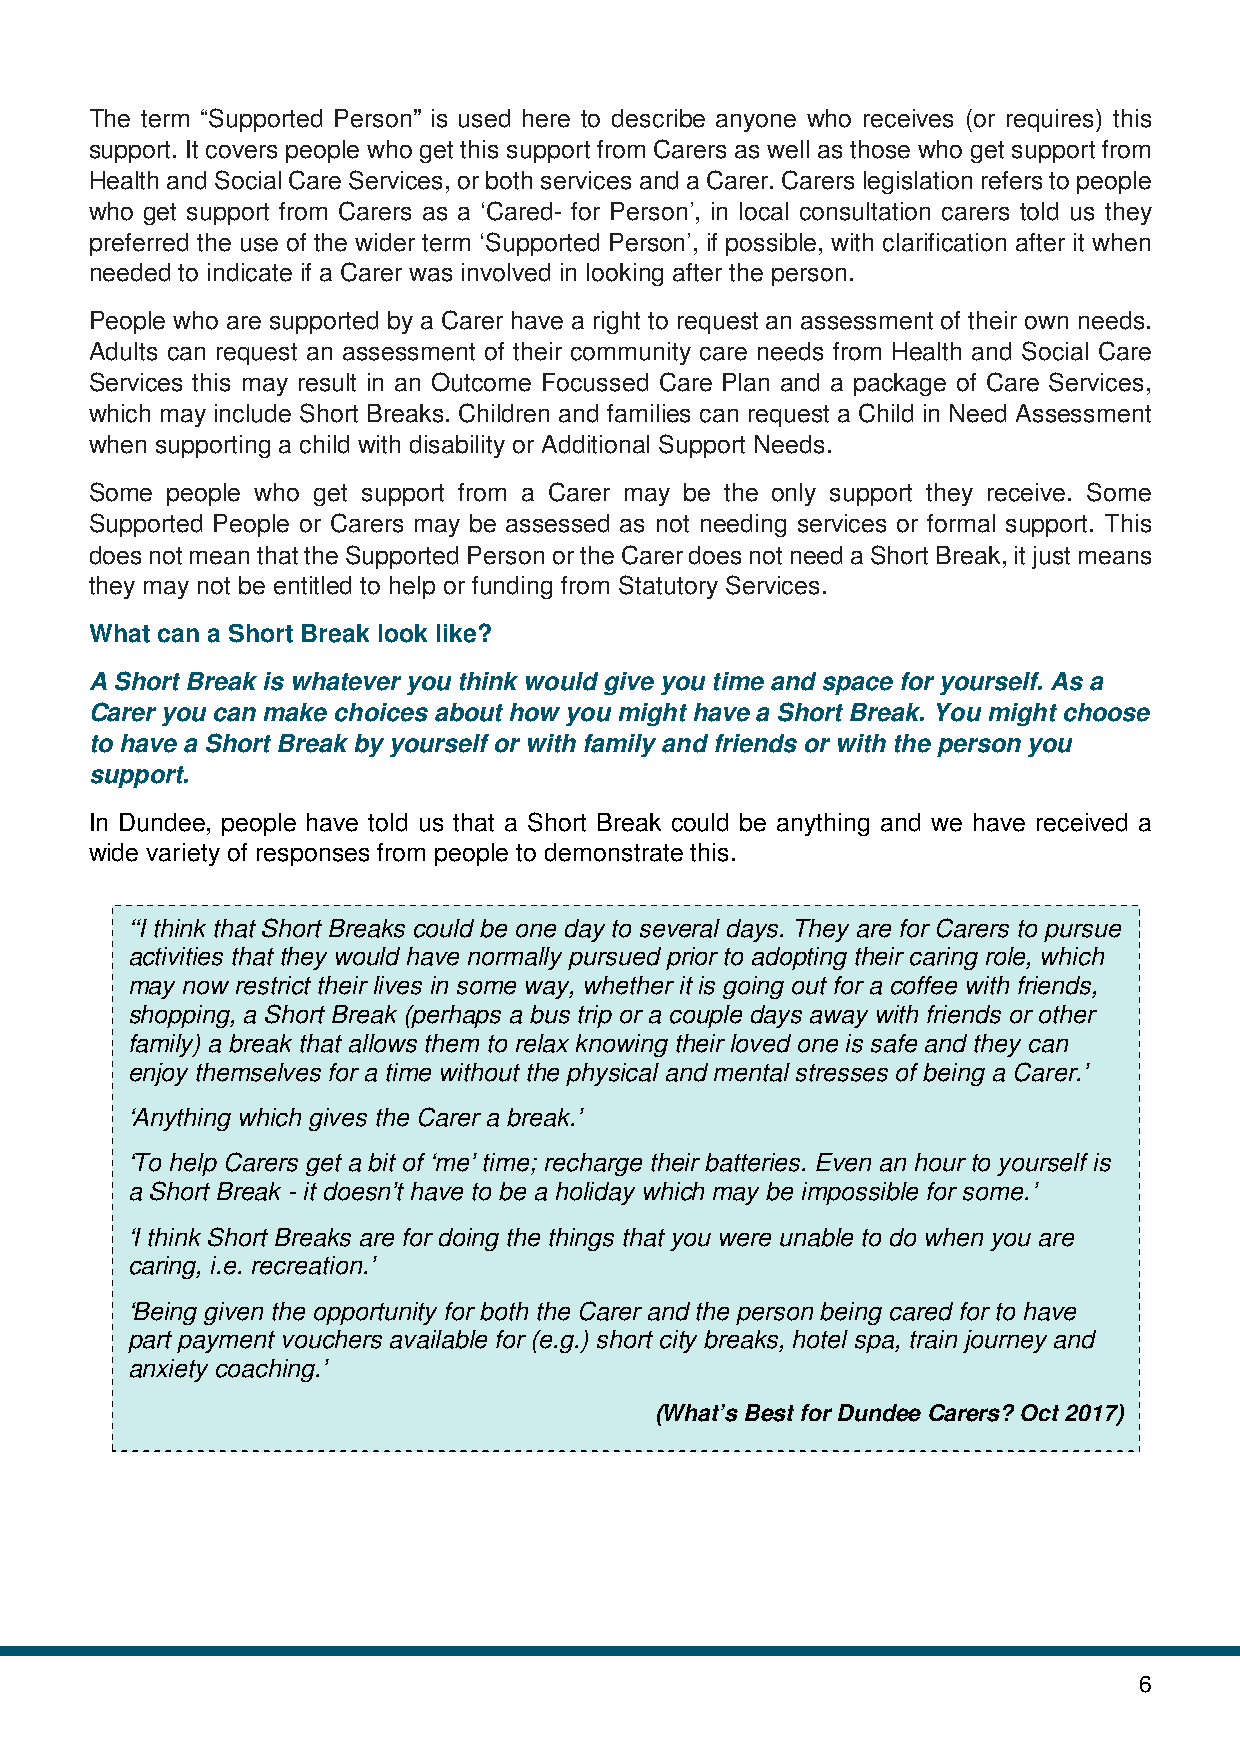
The term “Supported Person” is used here to describe anyone who receives (or requires) this
 support. It covers people who get this support from Carers as well as those who get support from
 Health and Social Care Services, or both services and a Carer. Carers legislation refers to people
 who get support from Carers as a ‘Cared- for Person’, in local consultation carers told us they
 preferred the use of the wider term ‘Supported Person’, if possible, with clarification after it when
 needed to indicate if a Carer was involved in looking after the person.
 People who are supported by a Carer have a right to request an assessment of their own needs.
 Adults can request an assessment of their community care needs from Health and Social Care
 Services this may result in an Outcome Focussed Care Plan and a package of Care Services,
 which may include Short Breaks. Children and families can request a Child in Need Assessment
 when supporting a child with disability or Additional Support Needs.
 Some people who get support from a Carer may be the only support they receive. Some
 Supported People or Carers may be assessed as not needing services or formal support. This
 does not mean that the Supported Person or the Carer does not need a Short Break, it just means
 they may not be entitled to help or funding from Statutory Services.
 What can a Short Break look like?
 A Short Break is whatever you think would give you time and space for yourself. As a
 Carer you can make choices about how you might have a Short Break. You might choose
 to have a Short Break by yourself or with family and friends or with the person you
 support.
 In Dundee, people have told us that a Short Break could be anything and we have received a
 wide variety of responses from people to demonstrate this.
 ‘‘I think that Short Breaks could be one day to several days. They are for Carers to pursue
 activities that they would have normally pursued prior to adopting their caring role, which
 may now restrict their lives in some way, whether it is going out for a coffee with friends,
 shopping, a Short Break (perhaps a bus trip or a couple days away with friends or other
 family) a break that allows them to relax knowing their loved one is safe and they can
 enjoy themselves for a time without the physical and mental stresses of being a Carer.’
 ‘Anything which gives the Carer a break.’
 ‘To help Carers get a bit of ‘me’ time; recharge their batteries. Even an hour to yourself is
 a Short Break - it doesn’t have to be a holiday which may be impossible for some.’
 ‘I think Short Breaks are for doing the things that you were unable to do when you are
 caring, i.e. recreation.’
 ‘Being given the opportunity for both the Carer and the person being cared for to have
 part payment vouchers available for (e.g.) short city breaks, hotel spa, train journey and
 anxiety coaching.’
 (What’s Best for Dundee Carers? Oct 2017)
 6